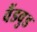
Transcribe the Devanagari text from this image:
वैंडवुड